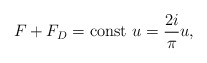
\begin{align*}F+F_D= \mbox{const}\ u =\frac{2i}{\pi} u,\end{align*}